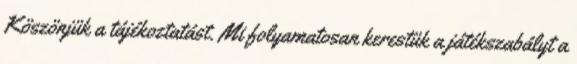
Köszönjük a tájékoztatást. Mi folyamatosan kerestük a játékszabályt a